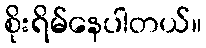
စိုးရိမ်နေပါတယ်။